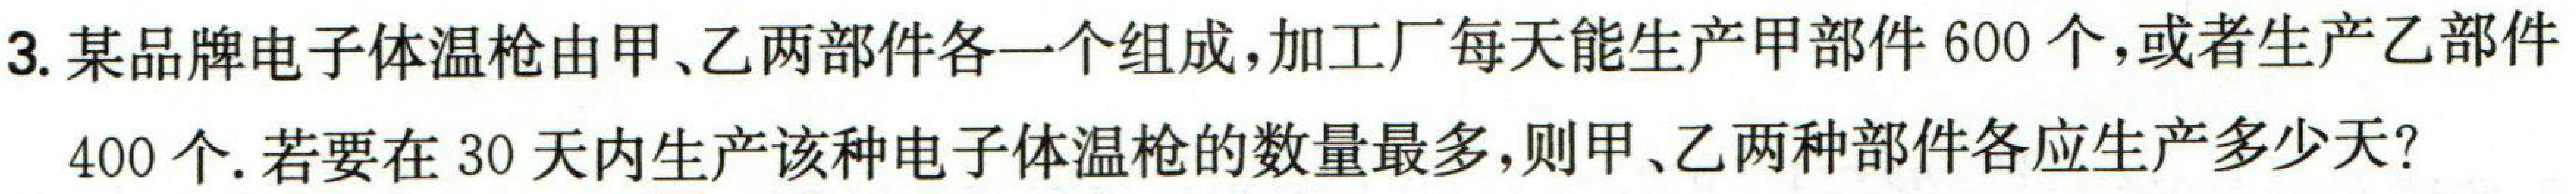
3. 某品牌电子体温枪由甲、乙两部件各一个组成, 加工厂每天能生产甲部件\(600\)个, 或者生产乙部件
\(400\)个. 若要在\(30\)天内生产该种电子体温枪的数量最多, 则甲、乙两种部件各应生产多少天?